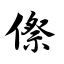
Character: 傺